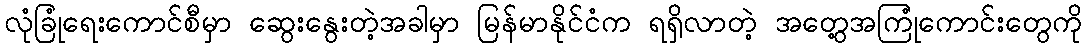
လုံခြုံရေးကောင်စီမှာ ဆွေးနွေးတဲ့အခါမှာ မြန်မာနိုင်ငံက ရရှိလာတဲ့ အတွေ့အကြုံကောင်းတွေကို